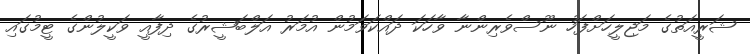
ޝަރީއަތުގެ މަޖިލީހަށްފަހު ނޫސްވެރިންނާ ވާހަކަ ދައްކަވަމުން އުމަރު އަލްބަޝީރުގެ ދިފާއީ ވަކީލުންގެ ޓީމުގައި